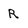
Character: R